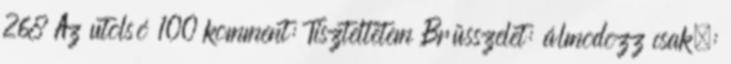
268 Az utolsó 100 komment: Tiszteltetem Brüsszelet: álmodozz csak.: